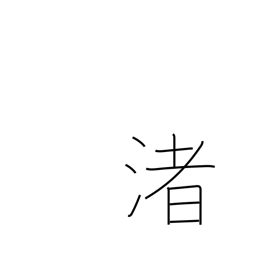
Meaning: strand